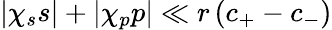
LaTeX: {|\chi_{s}s|+|\chi_{p}p|\ll r\, (c_{+}-c_{-})}